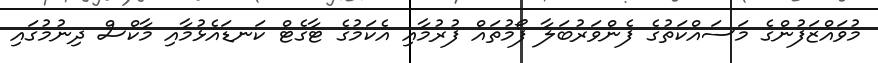
މުވައްޒަފުންގެ މަސައްކަތުގެ ފެންވަރުބަލާ ފޯމުތައް ފުރުމާއި އެކަމުގެ ޓާގެޓް ކަނޑައެޅުމާއި މާކްސް ދިނުމުގައި